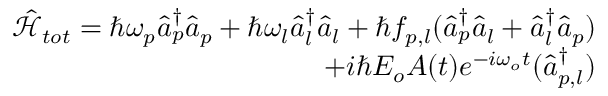
\begin{array} { r } { \hat { \mathcal { H } } _ { t o t } = \hbar \omega _ { p } \hat { a } _ { p } ^ { \dagger } \hat { a } _ { p } + \hbar \omega _ { l } \hat { a } _ { l } ^ { \dagger } \hat { a } _ { l } + \hbar f _ { p , l } ( \hat { a } _ { p } ^ { \dagger } \hat { a } _ { l } + \hat { a } _ { l } ^ { \dagger } \hat { a } _ { p } ) } \\ { + i \hbar E _ { o } A ( t ) e ^ { - i \omega _ { o } t } ( \hat { a } _ { p , l } ^ { \dagger } ) } \end{array}